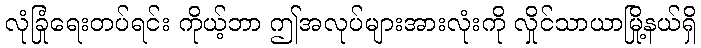
လုံခြုံရေးတပ်ရင်း ကိုယ့်ဘာ ဤအလုပ်များအားလုံးကို လှိုင်သာယာမြို့နယ်ရှိ